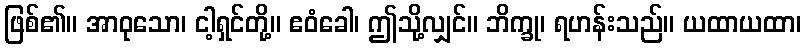
ဖြစ်၏။ အာဝုသော၊ ငါ့ရှင်တို့။ ဧဝံခေါ၊ ဤသို့လျှင်။ ဘိက္ခု၊ ရဟန်းသည်။ ယထာယထာ၊